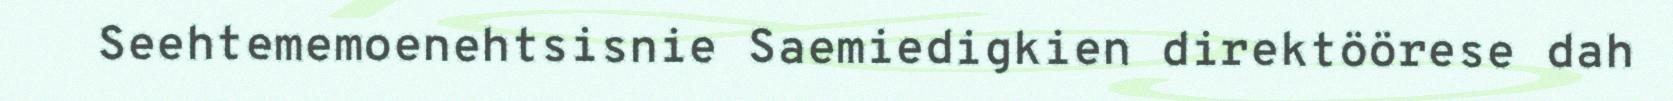
Seehtememoenehtsisnie Saemiedigkien direktöörese dah